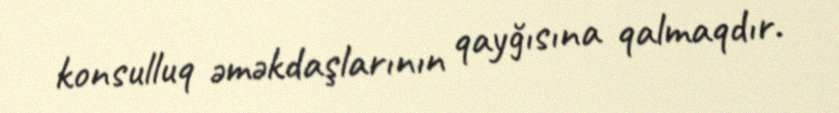
konsulluq əməkdaşlarının qayğısına qalmaqdır.